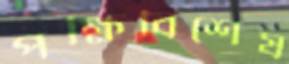
পক্ষিবিশেষ